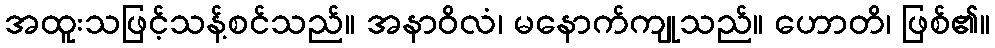
အထူးသဖြင့်သန့်စင်သည်။ အနာဝိလံ၊ မနောက်ကျုသည်။ ဟောတိ၊ ဖြစ်၏။